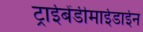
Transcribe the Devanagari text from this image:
ट्राईबेंडीमाईडाईन